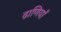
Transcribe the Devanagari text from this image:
ढ़ाणियाँ